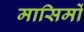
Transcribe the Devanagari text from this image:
मासिमों